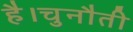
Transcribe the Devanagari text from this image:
है।चुनौती